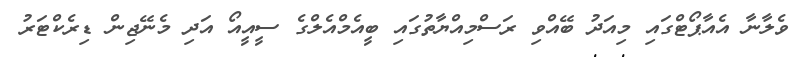
ވެލާނާ އެއާޕޯޓްގައި މިއަދު ބޭއްވި ރަސްމިއްޔާތުގައި ބީއެމްއެލްގެ ސީއީއޯ އަދި މެނޭޖިން ޑިރެކްޓަރު